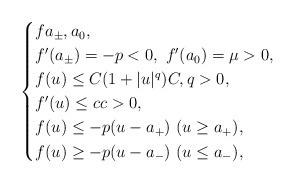
LaTeX: \begin{align*} \begin{cases} f a_\pm, a_0, & \\ f'( a_\pm) =-p < 0,\ f'(a_0)=\mu > 0, & \\ f(u)\leq C(1+|u|^q)C,q>0,& \\ f'(u)\leq cc>0, & \\ f(u)\leq -p(u-a_+) \ (u\geq a_+), & \\ f(u)\geq -p(u-a_-) \ (u\leq a_-), \end{cases}\end{align*}